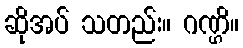
ဆိုအပ် သတည်း။ ဂဏ္ဌိ။